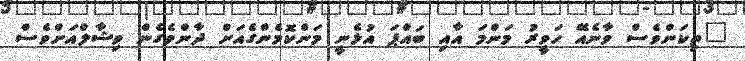
"ތިކަންވެސް ވާނެއޭ ހަވީރު މަންމަ އާއި ބައްޕަ އުޅެނީ މަންކޮމެންގެއަށް ދާންވެގެން ވިޝާލްއަށްވެސް